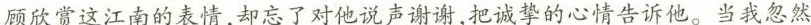
顾欣赏这江南的表情，却忘了对他说声谢谢，把诚挚的心情告诉他。当我忽然